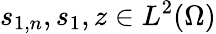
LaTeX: s_{1,n},s_{1},z\in L^{2}(\Omega)